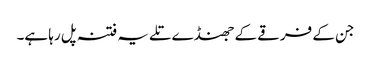
جن کے فرقے کے جھنڈے تلے یہ فتنہ پل رہا ہے۔